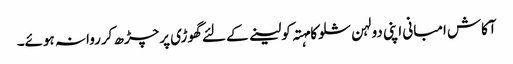
آکاش امبانی اپنی دولہن شلوکا مہتہ کولینے کے لئے گھوڑی پرچڑھ کرروانہ ہوئے۔